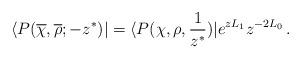
LaTeX: \begin{align*}\langle P(\overline\chi,\overline\rho;-z^\ast)|=\langle P(\chi,\rho,{1\over z^\ast})|e^{zL_1}z^{-2L_0}\,.\end{align*}